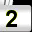
Digit: 2